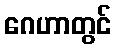
ဂေဟာတွင်